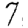
Digit: 7